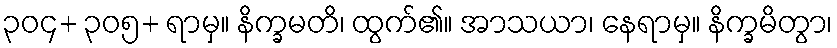
၃၀၄+ ၃၀၅+ ရာမှ။ နိက္ခမတိ၊ ထွက်၏။ အာသယာ၊ နေရာမှ။ နိက္ခမိတွာ၊